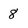
Character: 8